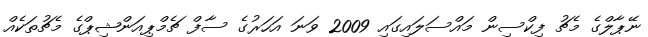
ނޭޕާލްގެ މެޗު ފިކްސިން މައްސަލައިގައި 2009 ވަނަ އަހަރުގެ ސާފް ޗެމްޕިއަންޝިޕްގެ މެޗުތަކެއް